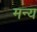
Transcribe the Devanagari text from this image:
मन्य